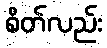
စိတ်လည်း